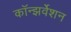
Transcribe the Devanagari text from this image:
कॉन्झर्वेशन